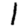
Digit: 1